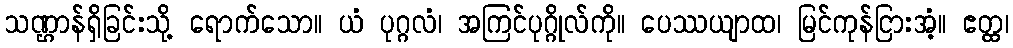
သဏ္ဌာန်ရှိခြင်းသို့ ရောက်သော။ ယံ ပုဂ္ဂလံ၊ အကြင်ပုဂ္ဂိုလ်ကို။ ပေဿယျာထ၊ မြင်ကုန်ငြားအံ့။ ဧတ္ထ၊